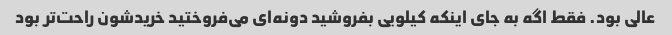
عالی بود. فقط اگه به جای اینکه کیلویی بفروشید دونه‌ای می‌فروختید خریدشون راحت‌تر بود